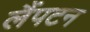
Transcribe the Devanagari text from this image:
लैंपटन